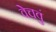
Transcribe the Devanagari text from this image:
वेचवुं